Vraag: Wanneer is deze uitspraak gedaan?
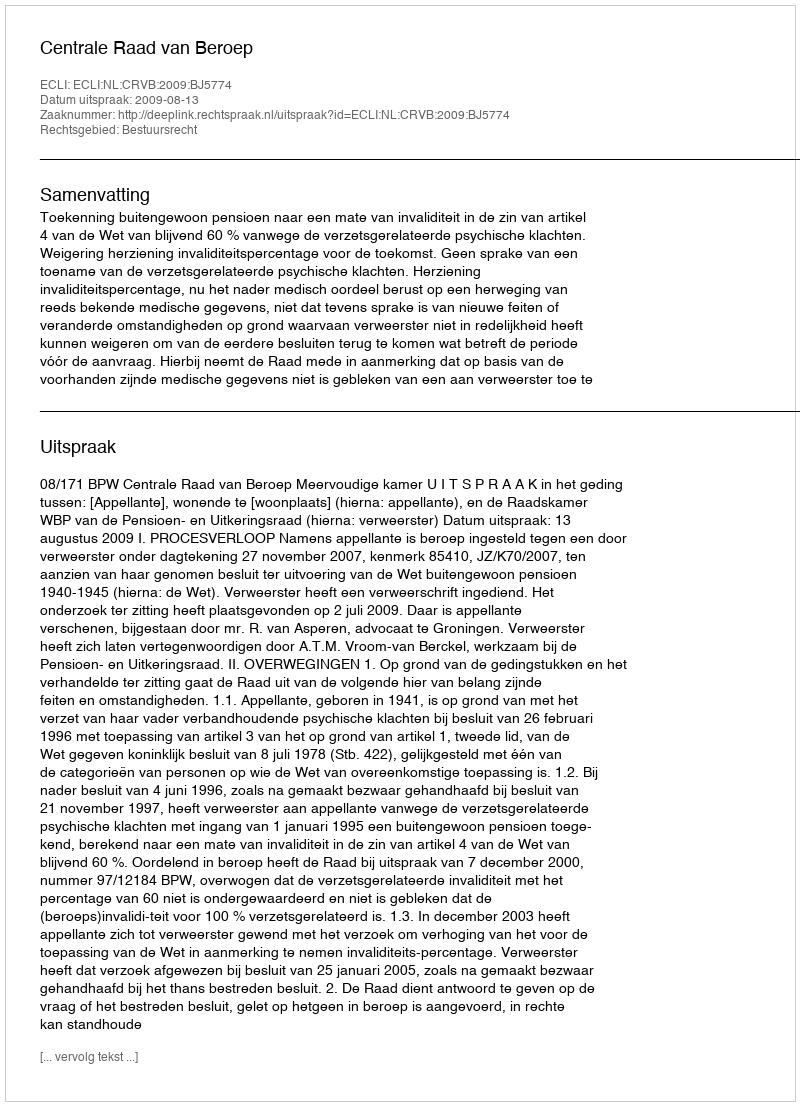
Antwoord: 2009-08-13